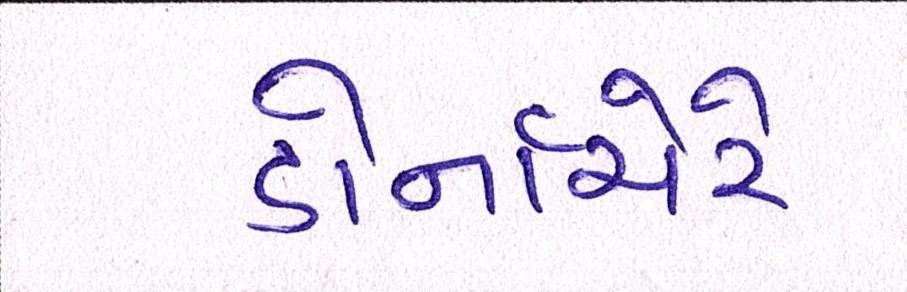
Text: ડોર્નાચેરે